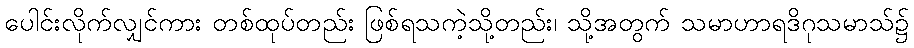
ပေါင်းလိုက်လျှင်ကား တစ်ထုပ်တည်း ဖြစ်ရသကဲ့သို့တည်း၊ သို့အတွက် သမာဟာရဒိဂုသမာသ်၌